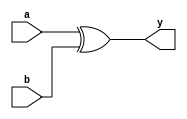
module xorgate(a,b,y);

  input a,b;
  output y;
  
  xor x1 (y,a,b);
  
endmodule